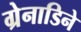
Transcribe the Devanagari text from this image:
ग्रेनाडिने